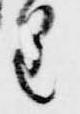
皇